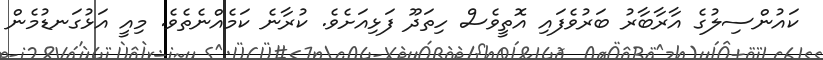
ކައުންސިލުގެ އާރާބާރު ބަރުވެފައި އޮތީވެސް ހިތަދޫ ފަޅިއަށެވެ. ކުރާނެ ކަމެއްނެތެވެ. މިއީ އަޅުގަނޑުމެން